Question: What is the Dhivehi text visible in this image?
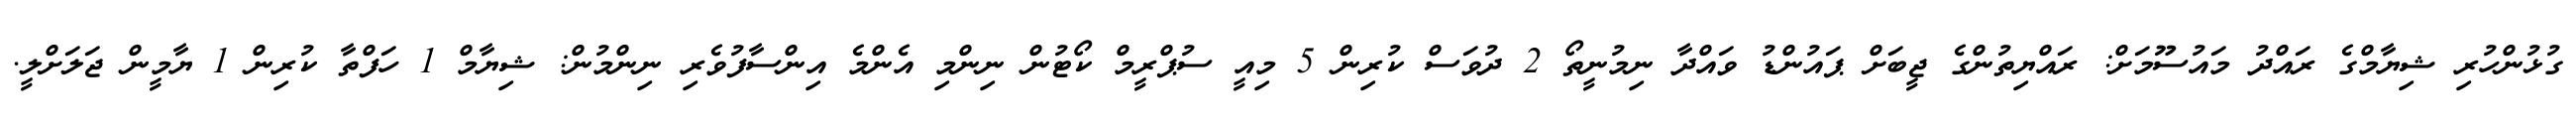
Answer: ގުޅުންހުރި ޝިޔާމްގެ ރައްދު މައުސޫމަށް: ރައްޔިތުންގެ ޖީބަށް ޕައުންޑު ވައްދާ ނިމުނީތޯ 2 ދުވަސް ކުރިން 5 މިއީ ސުޕްރީމް ކޯޓުން ނިންމި އެންމެ އިންސާފުވެރި ނިންމުން: ޝިޔާމް 1 ހަފްތާ ކުރިން 1 ޔާމީން ޖަލަށްލީ.